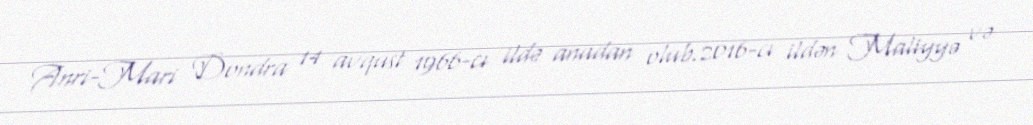
Anri-Mari Dondra 14 avqust 1966-cı ildə anadan olub.2016-cı ildən Maliyyə və